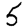
Digit: 5